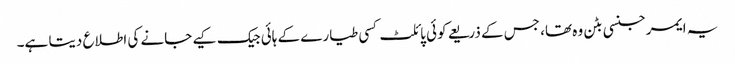
یہ ایمرجنسی بٹن وہ تھا، جس کے ذریعے کوئی پائلٹ کسی طیارے کے ہائی جیک کیے جانے کی اطلاع دیتا ہے۔